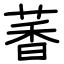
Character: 萫